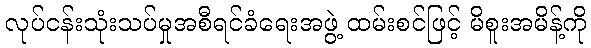
လုပ်ငန်းသုံးသပ်မှုအစီရင်ခံရေးအဖွဲ့ ထမ်းစင်ဖြင့် မိစူးအမိန့်ကို